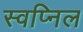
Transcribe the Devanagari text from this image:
स्‍वप्निल